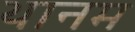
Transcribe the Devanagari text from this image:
थानम